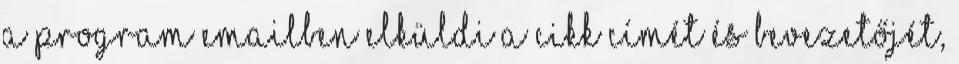
a program emailben elküldi a cikk címét és bevezetőjét,